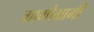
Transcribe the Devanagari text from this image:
ग्रामोग्रामी